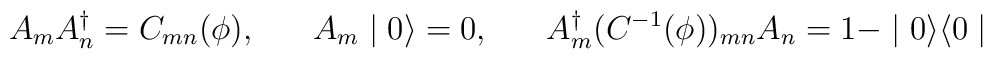
A_{m} A^{\dagger}_{n} = C_{mn}(\phi), \;\;\;\;\;\; A_{m} \mid 0 \rangle = 0, \;\;\;\;\;\;A^{\dagger}_{m}(C^{-1}(\phi))_{mn} A_{n} = 1 - \mid 0 \rangle \langle 0 \mid